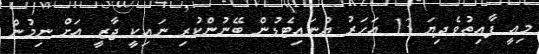
މިއީ ފާއިތުވެދިޔަ 13 އަހަރު ޔުނައިޓެޑުން ބޭނުންކުރި ނައިކީ ޖާޒީ އަށް ނިމުން